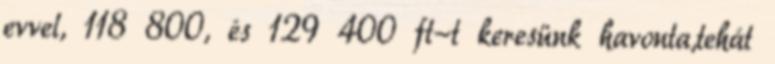
evvel, 118 800, és 129 400 ft-t keresünk havonta,tehát